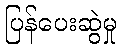
ပြန်ပေးဆွဲမှု